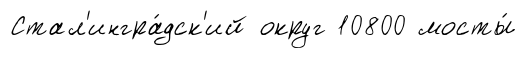
Стал'ингра́дск'ий округ 10800 мосты́